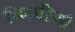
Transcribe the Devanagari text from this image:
निहारियौ